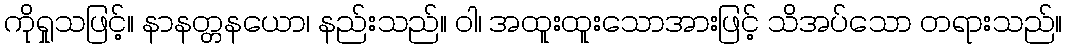
ကိုရှုသဖြင့်။ နာနတ္တနယော၊ နည်းသည်။ ဝါ၊ အထူးထူးသောအားဖြင့် သိအပ်သော တရားသည်။